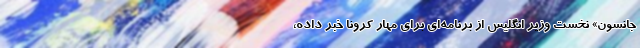
جانسون» نخست وزیر انگلیس از برنامه‌‌ای برای مهار کرونا خبر داده،